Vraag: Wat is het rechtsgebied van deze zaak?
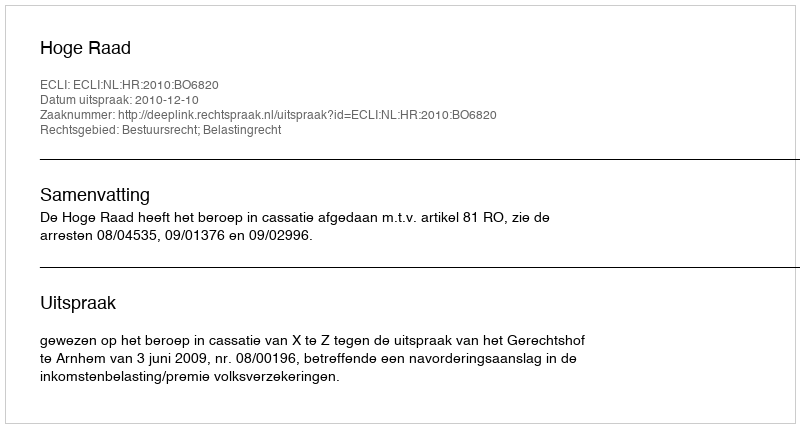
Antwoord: Bestuursrecht; Belastingrecht